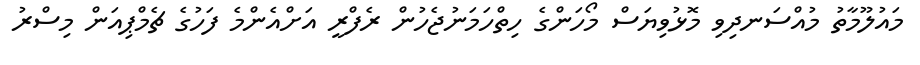
މައުލޫމާތު މުއްސަނދިވި މޮޅުވިޔަސް މޯހަންގެ ހިތްހަމަނުޖެހުން ރެފްރީ އަށްއެންމެ ފަހުގެ ޗެމްޕިއަން މިސްރު